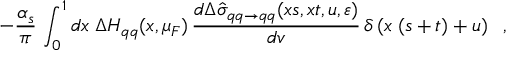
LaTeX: - \frac { \alpha _ { s } } { \pi } \, \int _ { 0 } ^ { 1 } d x \; \Delta H _ { q q } ( x , \mu _ { F } ) \, \frac { d \Delta \hat { \sigma } _ { q q \to q q } ( x s , x t , u , \varepsilon ) } { d v } \, \delta \left( x \; ( s + t ) + u \right) \; \; ,